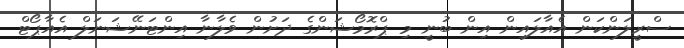
ސްރީލަންކަން އެއާލައިން އިން ބުނީ މި ޕްރޮމޯޝަންގެ ދަށުން ވެލާނާ އިންޓަނޭޝަނަލް އެއާޕޯޓް